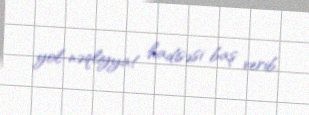
yol-nəqliyyat hadisəsi baş verib.